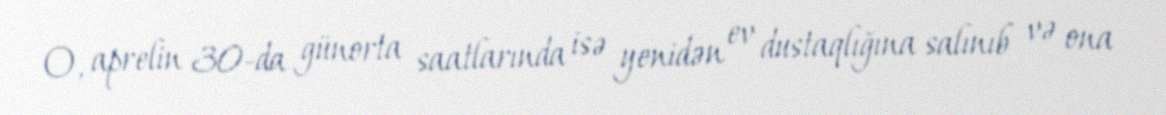
O, aprelin 30-da günorta saatlarında isə yenidən ev dustaqlığına salınıb və ona